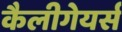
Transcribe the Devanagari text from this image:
कैलीगेयर्स